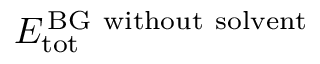
E _ { \mathrm { t o t } } ^ { \mathrm { \, B G \ w i t h o u t \ s o l v e n t } }